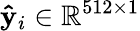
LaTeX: \mathbf{\hat{y}}_{i}\in\mathbb{R}^{512\times 1}